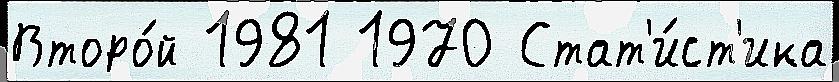
Второ́й 1981 1970 Стат'и́ст'ика